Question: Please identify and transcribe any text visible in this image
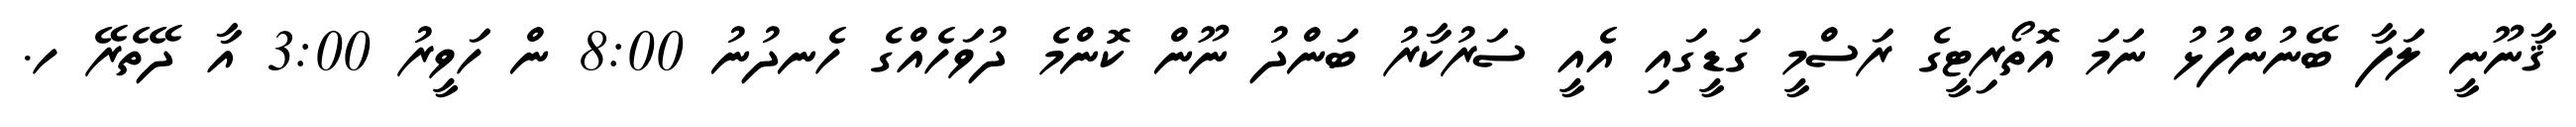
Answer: ޤާނޫނީ ލަފާ ބޭނުންފުޅު ނަމަ އޮތޯރިޓީގެ ރަސްމީ ގަޑީގައި އެއީ ސަރުކާރު ބަންދު ނޫން ކޮންމެ ދުވަހެއްގެ ހެނދުނު 8:00 ން ހަވީރު 3:00 އާ ދޭތެރޭ ހ.